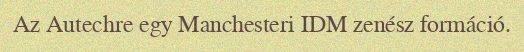
Az Autechre egy Manchesteri IDM zenész formáció.